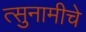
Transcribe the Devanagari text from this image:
त्सुनामीचे